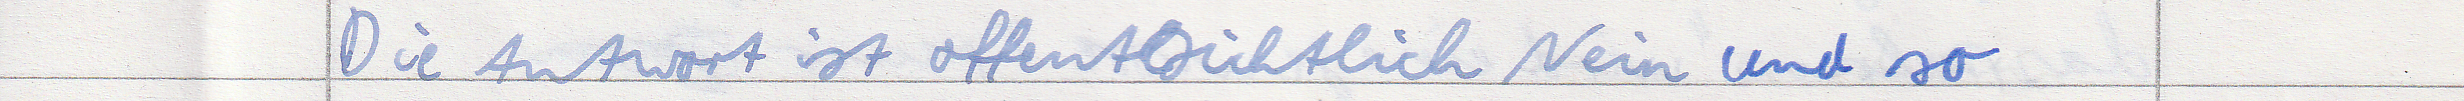
Die Antwort ist offentsichtlich Nein und so